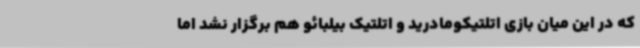
که در این میان بازی اتلتیکومادرید و اتلتیک بیلبائو هم برگزار نشد اما